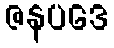
ဇနပဒေ